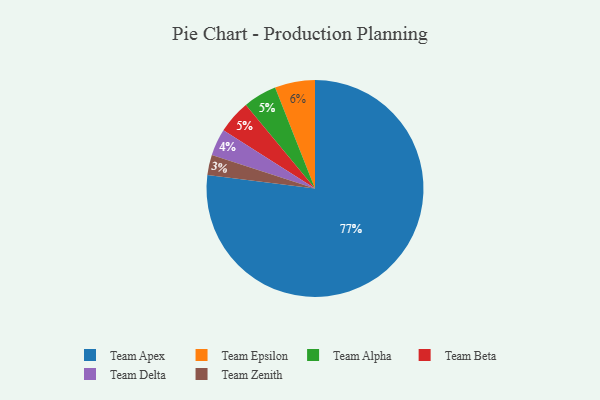
{"axis": {"x": "Category", "y": "Percentage"}, "legend": ["Team Alpha", "Team Apex", "Team Beta", "Team Delta", "Team Epsilon", "Team Zenith"], "data": [{"x": "Team Zenith", "y": 3, "type": "Team Zenith"}, {"x": "Team Delta", "y": 4, "type": "Team Delta"}, {"x": "Team Epsilon", "y": 6, "type": "Team Epsilon"}, {"x": "Team Alpha", "y": 5, "type": "Team Alpha"}, {"x": "Team Beta", "y": 5, "type": "Team Beta"}, {"x": "Team Apex", "y": 77, "type": "Team Apex"}]}